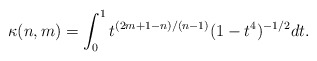
\begin{align*}\kappa(n,m) = \int_0^1 t^{(2 m + 1 - n)/(n - 1)} (1 - t^4)^{-1/2} dt.\end{align*}